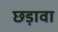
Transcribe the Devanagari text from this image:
छड़ावा